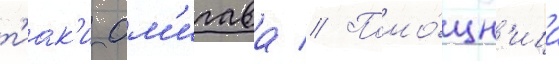
т'иак'и ом'игава // Помо́щн'ица